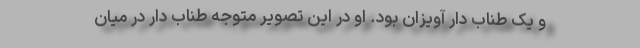
و یک طناب دار آویزان بود. او در این تصویر متوجه طناب دار در میان